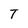
Character: T